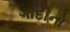
ગાદીનો